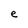
Character: e